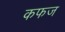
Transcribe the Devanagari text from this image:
कफज